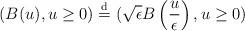
LaTeX: \begin{align*}(B(u) , u \ge 0) \overset{\mathrm{d}}{=} (\sqrt{\epsilon} B\left(\frac{u}{\epsilon}\right) , u \ge 0)\end{align*}